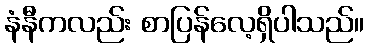
နံနီကလည်း စာပြန်လေ့ရှိပါသည်။